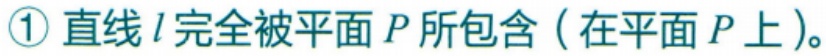
\textcircled{1} 直线 \(l\) 完全被平面 \(P\) 所包含（在平面 \(P\) 上）。